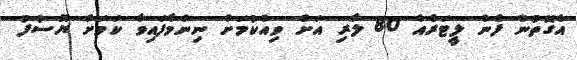
އެގޮތުން ފެން ލީޓަރެއް 80 ލާރި އަށް ވިއްކުމަށް ނިންމާފައިވާ ކަމަށް ޔޫސުފު